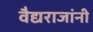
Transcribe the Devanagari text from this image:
वैद्यराजांनी